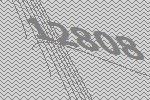
12808